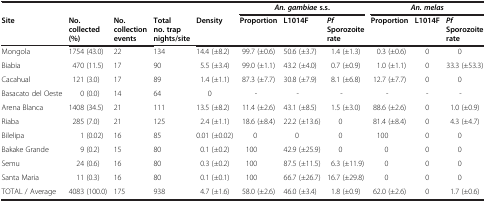
<table><thead><tr><td><b> </b></td><td><b> </b></td><td><b> </b></td><td><b> </b></td><td><b> </b></td><td colspan="3"><b><i>An. gambiae </i>s.s.</b></td><td colspan="3"><b><i>An. melas</i></b></td></tr><tr><td><b>Site</b></td><td><b>No. collected(%)</b></td><td><b>No. collection events</b></td><td><b>Total no. trap nights/site</b></td><td><b>Density</b></td><td><b>Proportion</b></td><td><b>L1014F</b></td><td><b><i>Pf </i>Sporozoite rate</b></td><td><b>Proportion</b></td><td><b>L1014F</b></td><td><b><i>Pf </i>Sporozoite rate</b></td></tr></thead><tbody><tr><td>Mongola</td><td>1754 (43.0)</td><td>22</td><td>134</td><td>14.4 (±8.2)</td><td>99.7 (±0.6)</td><td>50.6 (±3.7)</td><td>1.4 (±1.3)</td><td>0.3 (±0.6)</td><td>0</td><td>0</td></tr><tr><td>Biabia</td><td>470 (11.5)</td><td>17</td><td>90</td><td>5.5 (±3.4)</td><td>99.0 (±1.1)</td><td>43.2 (±4.0)</td><td>0.7 (±0.9)</td><td>1.0 (±1.1)</td><td>0</td><td>33.3 (±53.3)</td></tr><tr><td>Cacahual</td><td>121 (3.0)</td><td>17</td><td>89</td><td>1.4 (±1.1)</td><td>87.3 (±7.7)</td><td>30.8 (±7.9)</td><td>8.1 (±6.8)</td><td>12.7 (±7.7)</td><td>0</td><td>0</td></tr><tr><td>Basacato del Oeste</td><td>0 (0.0)</td><td>14</td><td>64</td><td>0</td><td>-</td><td>-</td><td>-</td><td>-</td><td>-</td><td>-</td></tr><tr><td>Arena Blanca</td><td>1408 (34.5)</td><td>21</td><td>111</td><td>13.5 (±8.2)</td><td>11.4 (±2.6)</td><td>43.1 (±8.5)</td><td>1.5 (±3.0)</td><td>88.6 (±2.6)</td><td>0</td><td>1.0 (±0.9)</td></tr><tr><td>Riaba</td><td>285 (7.0)</td><td>21</td><td>125</td><td>2.4 (±1.1)</td><td>18.6 (±8.4)</td><td>22.2 (±13.6)</td><td>0</td><td>81.4 (±8.4)</td><td>0</td><td>4.3 (±4.7)</td></tr><tr><td>Bilelipa</td><td>1 (0.02)</td><td>16</td><td>85</td><td>0.01 (±0.02)</td><td>0</td><td>0</td><td>0</td><td>100</td><td>0</td><td>0</td></tr><tr><td>Bakake Grande</td><td>9 (0.2)</td><td>15</td><td>80</td><td>0.1 (±0.2)</td><td>100</td><td>42.9 (±25.9)</td><td>0</td><td>0</td><td>0</td><td>0</td></tr><tr><td>Semu</td><td>24 (0.6)</td><td>16</td><td>80</td><td>0.3 (±0.2)</td><td>100</td><td>87.5 (±11.5)</td><td>6.3 (±11.9)</td><td>0</td><td>0</td><td>0</td></tr><tr><td>Santa Maria</td><td>11 (0.3)</td><td>16</td><td>80</td><td>0.1 (±0.1)</td><td>100</td><td>66.7 (±26.7)</td><td>16.7 (±29.8)</td><td>0</td><td>0</td><td>0</td></tr><tr><td>TOTAL / Average</td><td>4083 (100.0)</td><td>175</td><td>938</td><td>4.7 (±1.6)</td><td>58.0 (±2.6)</td><td>46.0 (±3.4)</td><td>1.8 (±0.9)</td><td>62.0 (±2.6)</td><td>0</td><td>1.7 (±0.6)</td></tr></tbody></table>